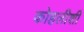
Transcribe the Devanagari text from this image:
कोहलीशी